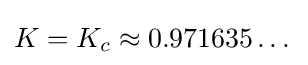
K=K_{c}\approx 0.971635\dots